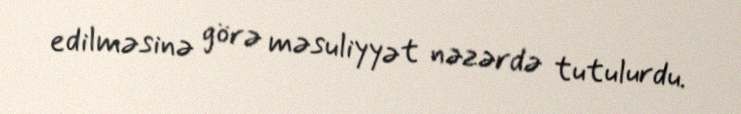
edilməsinə görə məsuliyyət nəzərdə tutulurdu.